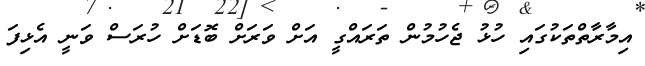
އިމާރާތްތަކުގައި ހުޅު ޖެހުމުން ތަރައްގީ އަށް ވަރަށް ބޮޑަށް ހުރަސް ވަނީ އެޅިފަ